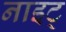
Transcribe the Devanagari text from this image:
नाइट्